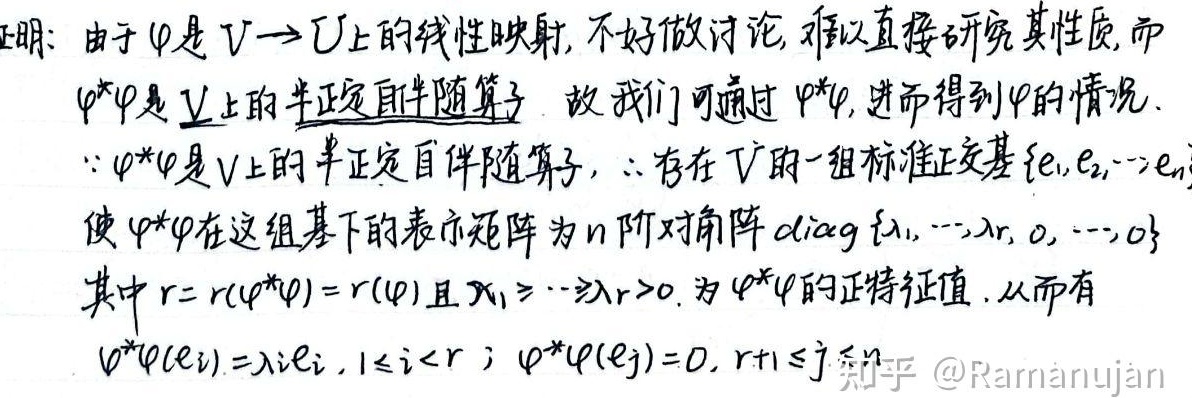
证明：由于\(\varphi\)是\(V\rightarrow U\)上的线性映射，不好做讨论，难以直接研究其性质，而\(\varphi^{*}\varphi\)是\(V\)上的半正定自伴随算子。故我们可通过\(\varphi^{*}\varphi\)，进而得到\(\varphi\)的情况。

\(\because\varphi^{*}\varphi\)是\(V\)上的半正定自伴随算子，\(\therefore\)存在\(V\)的一组标准正交基\(\{e_{1},e_{2},\cdots,e_{n}\}\)使\(\varphi^{*}\varphi\)在这组基下的表示矩阵为\(n\)阶对角阵\(\mathrm{diag}\{\lambda_{1},\cdots,\lambda_{r}, 0, \cdots,0\}\)，其中\(r = r(\varphi^{*}\varphi)=r(\varphi)\)且\(\lambda_{1}\geq\cdots\geq\lambda_{r}>0\)为\(\varphi^{*}\varphi\)的正特征值。

从而有\(\varphi^{*}\varphi(e_{i})=\lambda_{i}e_{i}, 1\leq i \leq r\)；\(\varphi^{*}\varphi(e_{j}) = 0, r + 1\leq j\leq n\)

知乎 @Ramanujan